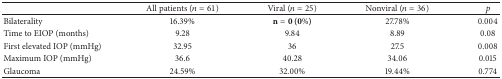
|  | All patients (n = 61) | Viral (n = 25) | Nonviral (n = 36) | p |
 | --- | --- | --- | --- | --- |
 | Bilaterality | 16.39% | n = 0(0%) | 27.78% | 0.004 |
 | Time to EIOP (months) | 9.28 | 9.84 | 8.89 | 0.08 |
 | First elevated IOP (mmHg) | 32.95 | 36 | 27.5 | 0.008 |
 | Maximum IOP (mmHg) | 36.6 | 40.28 | 34.06 | 0.015 |
 | Glaucoma | 24.59% | 32.00% | 19.44% | 0.774 |